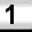
Digit: 1